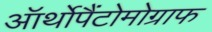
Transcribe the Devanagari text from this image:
ऑर्थोपैंटोमोग्राफ